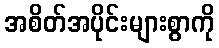
အစိတ်အပိုင်းများစွာကို